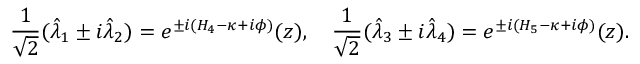
{ \frac { 1 } { \sqrt { 2 } } } ( \hat { \lambda } _ { 1 } \pm i \hat { \lambda } _ { 2 } ) = e ^ { \pm i ( H _ { 4 } - \kappa + i \phi ) } ( z ) , \quad { \frac { 1 } { \sqrt { 2 } } } ( \hat { \lambda } _ { 3 } \pm i \hat { \lambda } _ { 4 } ) = e ^ { \pm i ( H _ { 5 } - \kappa + i \phi ) } ( z ) .